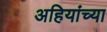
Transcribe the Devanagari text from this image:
अहियांच्या